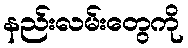
နည်းလမ်းတွေကို